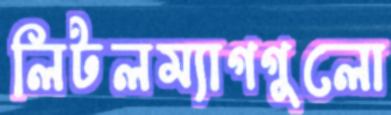
লিটলম্যাগগুলো